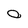
Character: O